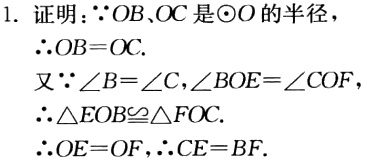
1. 证明：\(\because OB,OC\) 是 \(\odot O\) 的半径，
\(\therefore OB = OC\).
又 \(\because \angle B=\angle C,\angle BOE=\angle COF\)
\(\therefore \triangle EOB\cong\triangle FOC\).
\(\therefore OE = OF,\therefore CE = BF\).